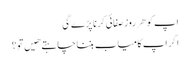
اپ کو هر روز صفائی کرنا پڑے گی
اگر اپ کامیاب بننا چاہتے هیں تو ؟